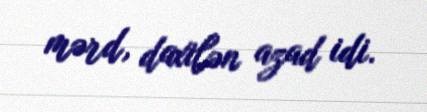
mərd, daxilən azad idi.